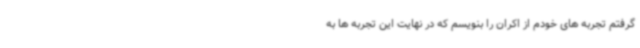
گرفتم تجربه های خودم از اکران را بنویسم که در نهایت این تجربه ها به